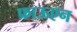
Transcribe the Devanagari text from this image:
फ्राऊएन